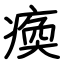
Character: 瘓